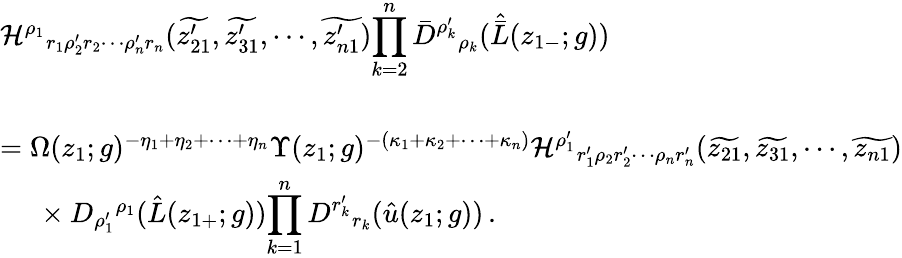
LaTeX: \begin{array}{l}{{{\cal H}^{\rho_{1}}{}_{r_{1}\rho_{2}^{\prime}r_{2}\cdots\rho_{n}^{\prime}r_{n}}(\widetilde{z_{21}^{\prime}},\widetilde{z_{31}^{\prime}},\cdots,\widetilde{z_{n1}^{\prime}})\displaystyle{\prod_{k=2}^{n}\bar{D}^{\rho_{k}^{\prime}}{}_{\rho_{k}}(\hat{\bar{L}}(z_{1-};g))}}}\\ {{{}}}\\ {{=\Omega(z_{1};g)^{-\eta_{1}+\eta_{2}+\cdots+\eta_{n}}\Upsilon(z_{1};g)^{-(\kappa_{1}+\kappa_{2}+\cdots+\kappa_{n})}{\cal H}^{\rho_{1}^{\prime}}{}_{r_{1}^{\prime}\rho_{2}r_{2}^{\prime}\cdots\rho_{n}r_{n}^{\prime}}(\widetilde{z_{21}},\widetilde{z_{31}},\cdots,\widetilde{z_{n1}})}}\\ {{{}\ ~~~~\times D_{\rho_{1}^{\prime}}{}^{\rho_{1}}(\hat{L}(z_{1+};g))\displaystyle{\prod_{k=1}^{n}D^{r_{k}^{\prime}}{}_{r_{k}}(\hat{u}(z_{1};g))}\, .}}\end{array}